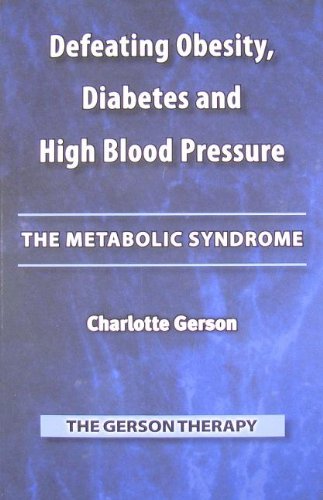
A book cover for Defeating Obesity, Diabetes and High Blood Pressure: The Metabolic Syndrome; Charlotte Gerson; Health, Fitness & Dieting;